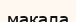
макала